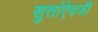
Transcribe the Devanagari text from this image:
सुत्तांऐवजी